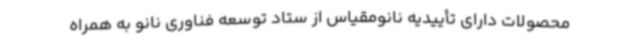
محصولات دارای تأییدیه نانومقیاس از ستاد توسعه فناوری نانو به همراه